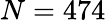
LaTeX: N=474